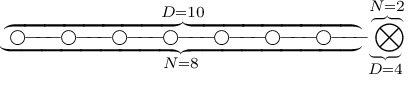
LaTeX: \underbrace { \overbrace { \bigcirc \! \! - \! \! \! - \! \! \! - \! \! \bigcirc \! \! - \! \! \! - \! \! \! - \! \! \bigcirc \! \! - \! \! \! - \! \! \! - \! \! \bigcirc \! \! - \! \! \! - \! \! \! - \! \! \bigcirc \! \! - \! \! \! - \! \! \! - \! \! \bigcirc \! \! - \! \! \! - \! \! \! - \! \! \bigcirc \! \! - \! \! \! - \! \! \! - \! \! } ^ { D = 1 0 } } _ { N = 8 } \underbrace { \overbrace { \bigotimes } ^ { N = 2 } } _ { D = 4 }